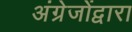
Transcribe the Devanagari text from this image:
अंग्रेजोंद्वारा